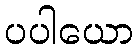
ပပါယော